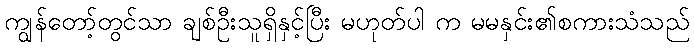
ကျွန်တော့်တွင်သာ ချစ်ဦးသူရှိနှင့်ပြီး မဟုတ်ပါ က မမနှင်း၏စကားသံသည်